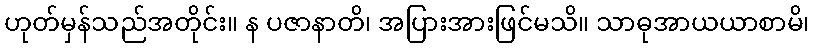
ဟုတ်မှန်သည်အတိုင်း။ န ပဇာနာတိ၊ အပြားအားဖြင်မသိ။ သာဓုအာယယာစာမိ၊